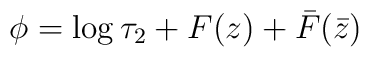
\phi=\log \tau_2 + F(z) +\bar{F}(\bar{z})